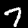
Label: 7